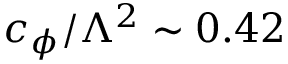
c _ { \phi } / \Lambda ^ { 2 } \sim 0 . 4 2